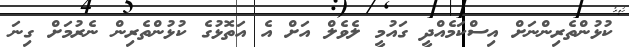
ކުޅުންތެރިންނަށް އިސްކަމެއްދީ ގައުމީ ލެވެލް އަށް އެ އަތޮޅުގެ ކުޅުންތެރިން ނެރުމަށް ގިނަ